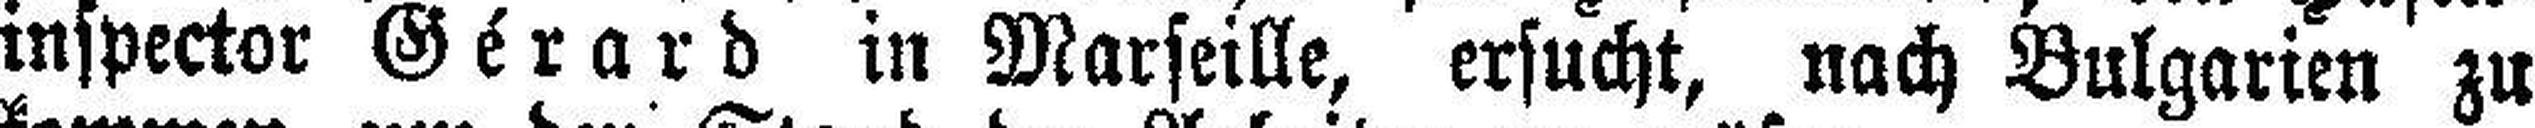
inspector Gérard in Marseille, ersucht, nach Bulgarien zu